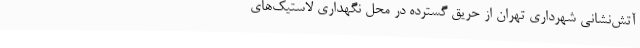
آتش‌نشانی شهرداری تهران از حریق گسترده در محل نگهداری لاستیک‌های